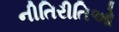
નીતિરીતિઓ